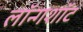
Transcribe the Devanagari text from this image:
लॉन्गशॉट